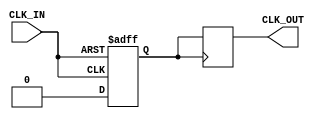
module clock_buffer (
    input wire CLK_IN,       // Input clock signal
    output reg CLK_OUT       // Buffered clock output
);

// Parameters for propagation delay, rise and fall times
parameter PROP_DELAY = 2;  // Propagation delay in time units
parameter RISE_TIME = 1;    // Rise time in time units
parameter FALL_TIME = 1;     // Fall time in time units

// Internal signal to hold the buffered clock
reg CLK_INT;

// Always block to model the clock buffering behavior
always @(posedge CLK_IN or negedge CLK_IN) begin
    // Introduce a fixed propagation delay
    #PROP_DELAY;
    
    // Implementing rise and fall times
    if (CLK_IN) begin
        // Simulate rise time
        #RISE_TIME;
        CLK_INT <= 1'b1;
    end else begin
        // Simulate fall time
        #FALL_TIME;
        CLK_INT <= 1'b0;
    end
end

// Assign the internal clock to the output
always @(posedge CLK_INT) begin
    CLK_OUT <= CLK_INT;
end

endmodule